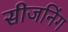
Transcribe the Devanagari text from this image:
सीजनिंग